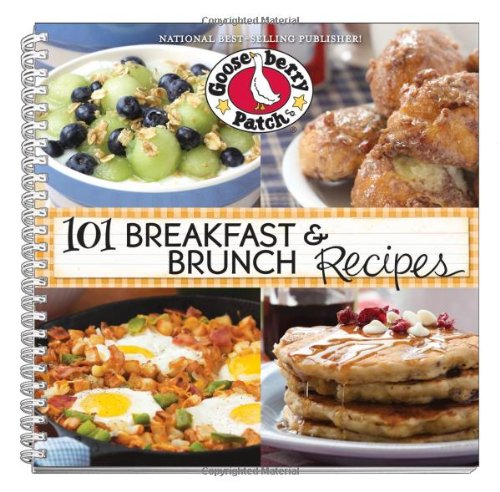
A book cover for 101 Breakfast & Brunch Recipes (101 Cookbook Collection); Gooseberry Patch; Cookbooks, Food & Wine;